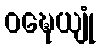
ဝဍ္ဎေယျုံ